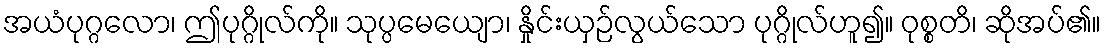
အယံပုဂ္ဂလော၊ ဤပုဂ္ဂိုလ်ကို။ သုပ္ပမေယျော၊ နှိုင်းယှဉ်လွယ်သော ပုဂ္ဂိုလ်ဟူ၍။ ဝုစ္စတိ၊ ဆိုအပ်၏။